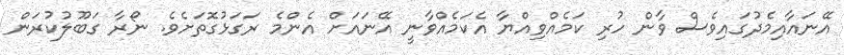
އޭނައާއިމެދުގައިވެސް ވާން ހުރި ކަމެއްވިއްޔާ އެކަމެއްވާނީ އޭނައަށް އެންމެ ރަގަޅުގޮތަށެވެ. ނޯރާ ގަބޫލުކުރަން